Annual administration report of the Civil Veterinary Department, Ajmere-Merwara, British Rajputana - 1914-1940
Year: 1914
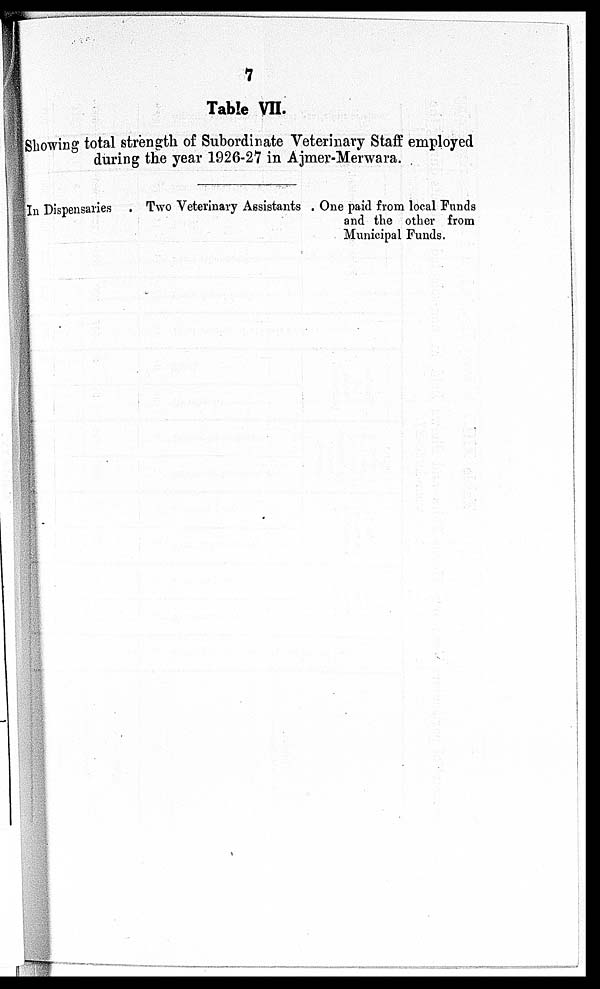
7
Table VII.
Showing total strength of Subordinate Veterinary Staff employed
during the year 1926-27 in Ajmer-Merwara.
In Dispensaries .
Two Veterinary Assistants . One paid from local Funds
and the other from
Municipal Funds.